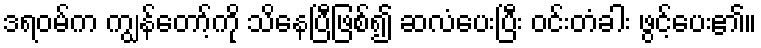
ဒရဝမ်က ကျွန်တော့်ကို သိနေပြီဖြစ်၍ ဆလံပေးပြီး ဝင်းတံခါး ဖွင့်ပေး၏။